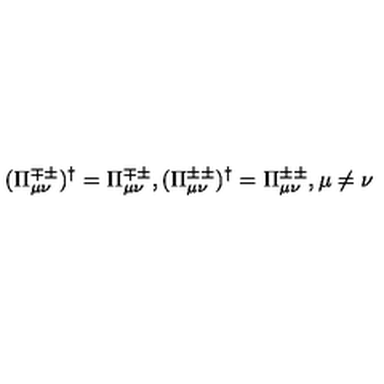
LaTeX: ( \Pi _ { \mu \nu } ^ { \mp \pm } ) ^ { \dag } = \Pi _ { \mu \nu } ^ { \mp \pm } , ( \Pi _ { \mu \nu } ^ { \pm \pm } ) ^ { \dag } = \Pi _ { \mu \nu } ^ { \pm \pm } , \mu \neq \nu